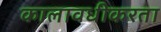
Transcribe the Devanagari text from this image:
कालावधीकरता